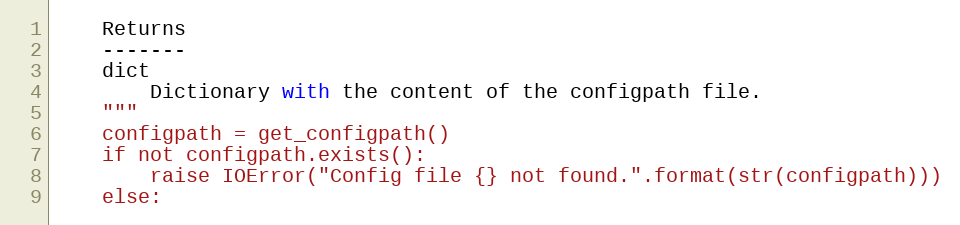
Language: Python
    Returns
    -------
    dict
        Dictionary with the content of the configpath file.
    """
    configpath = get_configpath()
    if not configpath.exists():
        raise IOError("Config file {} not found.".format(str(configpath)))
    else: